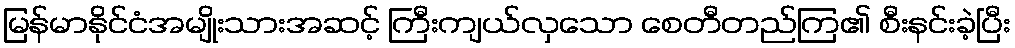
မြန်မာနိုင်ငံအမျိုးသားအဆင့် ကြီးကျယ်လှသော စေတီတည်ကြ၏ စီးနင်းခဲ့ပြီး